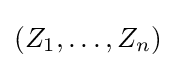
\left(Z_{1},\ldots ,Z_{n}\right)